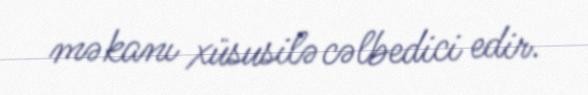
məkanı xüsusilə cəlbedici edir.